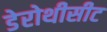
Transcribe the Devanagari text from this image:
डेरोथीसीट